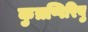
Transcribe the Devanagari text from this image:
कुत्रप्पिरिवु